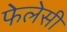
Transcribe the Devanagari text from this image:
फेलेसी